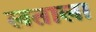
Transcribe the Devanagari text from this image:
लताला